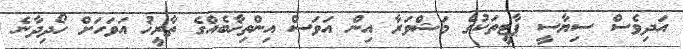
އަދިވެސް ސިޔާސީ ޕާޓީތަކުގެ މަޝްވަރާ އިން އަވަސް އިންތިޚާބެއްގެ ތާރީޚު އަވަހަށް ހޯދިދާނެ